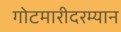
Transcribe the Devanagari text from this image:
गोटमारीदरम्यान